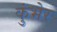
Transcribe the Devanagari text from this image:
कुंभेर